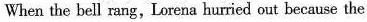
When the bell rang, Lorena hurried out because the